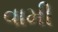
વામી